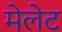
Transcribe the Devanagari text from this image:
मेलेट